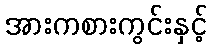
အားကစားကွင်းနှင့်